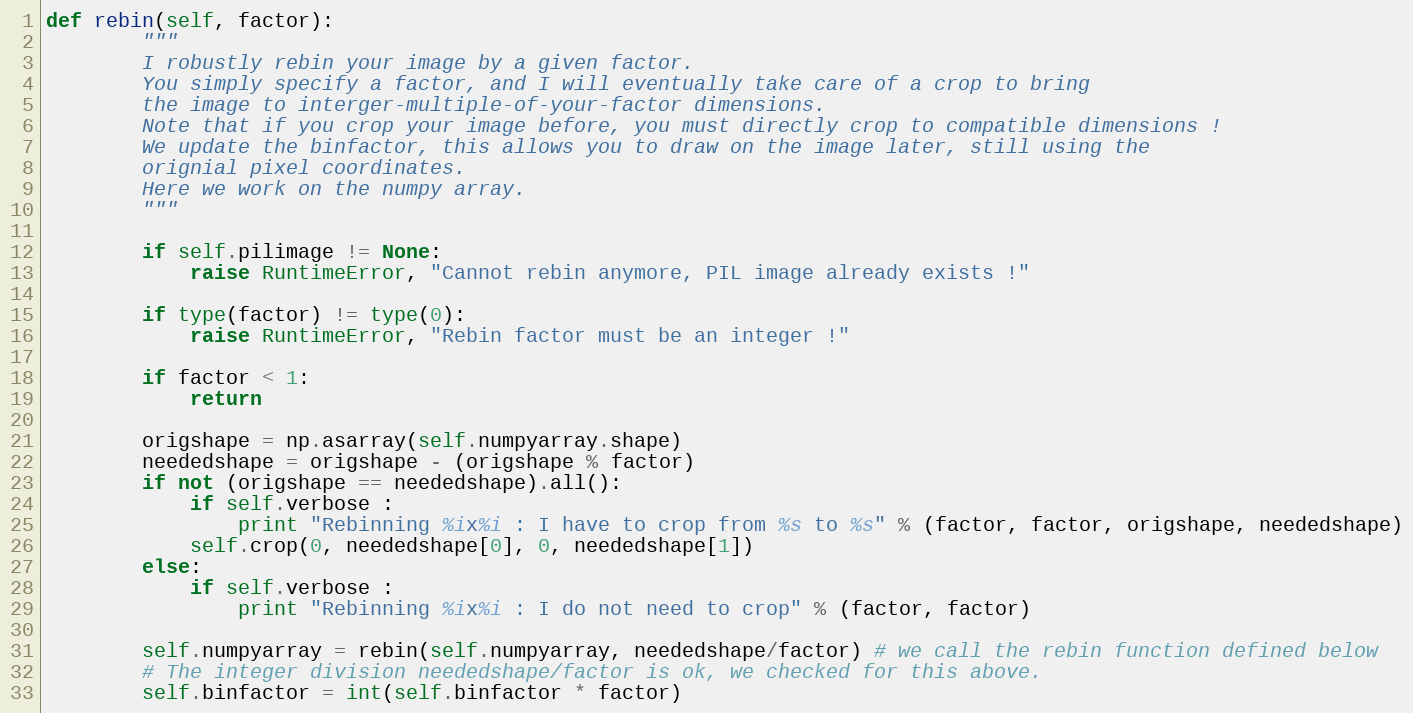
Language: Python
def rebin(self, factor):
        """
        I robustly rebin your image by a given factor.
        You simply specify a factor, and I will eventually take care of a crop to bring
        the image to interger-multiple-of-your-factor dimensions.
        Note that if you crop your image before, you must directly crop to compatible dimensions !
        We update the binfactor, this allows you to draw on the image later, still using the
        orignial pixel coordinates.
        Here we work on the numpy array.
        """

        if self.pilimage != None:
            raise RuntimeError, "Cannot rebin anymore, PIL image already exists !"

        if type(factor) != type(0):
            raise RuntimeError, "Rebin factor must be an integer !"

        if factor < 1:
            return

        origshape = np.asarray(self.numpyarray.shape)
        neededshape = origshape - (origshape % factor)
        if not (origshape == neededshape).all():
            if self.verbose :
                print "Rebinning %ix%i : I have to crop from %s to %s" % (factor, factor, origshape, neededshape)
            self.crop(0, neededshape[0], 0, neededshape[1])
        else:
            if self.verbose :
                print "Rebinning %ix%i : I do not need to crop" % (factor, factor)

        self.numpyarray = rebin(self.numpyarray, neededshape/factor) # we call the rebin function defined below
        # The integer division neededshape/factor is ok, we checked for this above.
        self.binfactor = int(self.binfactor * factor)